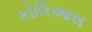
કોલિઆસ